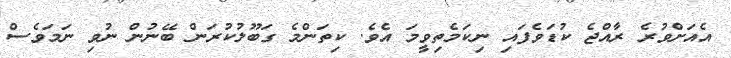
އެއަށްވުރެ ރާއްޖެ ކުޑަވެފައި ނިކަމެތިވީމަ އެވެ. ކިތަންމެ ގަބޫލުކުރަން ބޭނުން ނުވި ނަމަވެސް